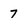
Character: 7